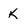
Character: k